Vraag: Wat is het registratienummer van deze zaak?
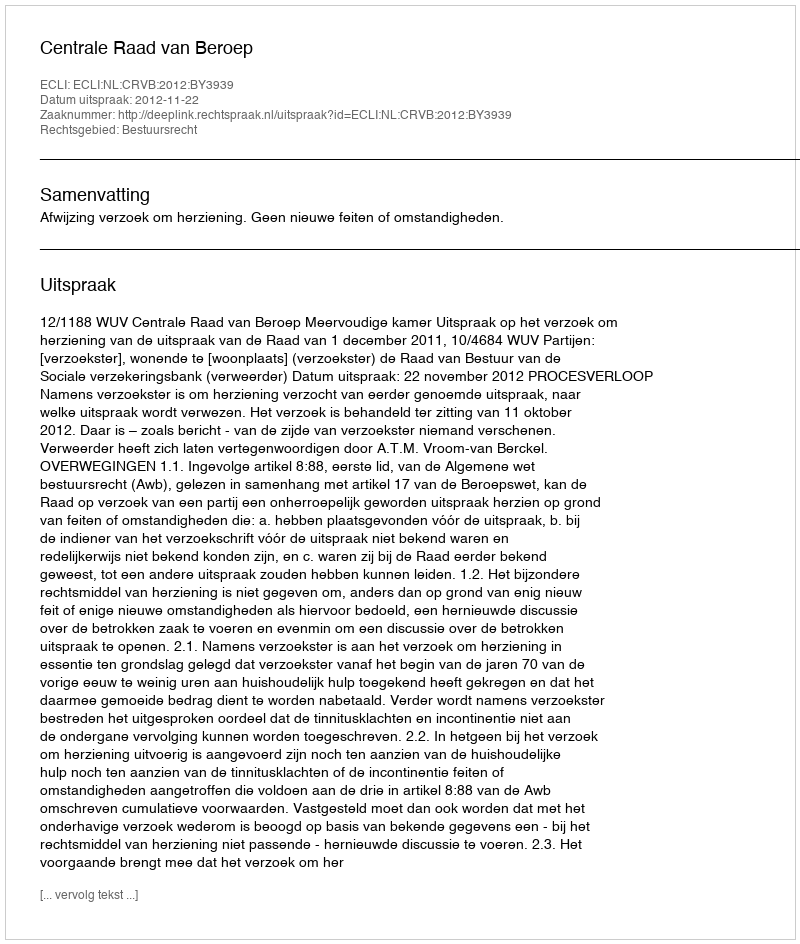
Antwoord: http://deeplink.rechtspraak.nl/uitspraak?id=ECLI:NL:CRVB:2012:BY3939